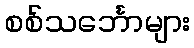
စစ်သင်္ဘောများ